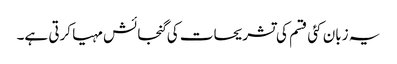
یہ زبان کئی قسم کی تشریحات کی گنجائش مہیا کرتی ہے۔